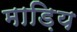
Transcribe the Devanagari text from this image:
माड़िय